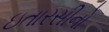
ઇતારસીનો